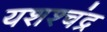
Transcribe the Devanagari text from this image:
यशश्चंद्र